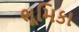
ભૂમિકા